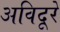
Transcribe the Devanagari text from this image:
अविदूरे